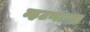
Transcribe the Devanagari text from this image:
म्हटणाऱ्या